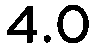
4.0